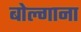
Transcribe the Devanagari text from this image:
बोल्गाना